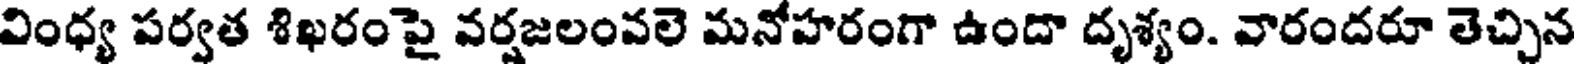
వింధ్య పర్వత శిఖరంపై వర్షజలంవలె మనోహరంగా ఉందా దృశ్యం. వారందరూ తెచ్చిన